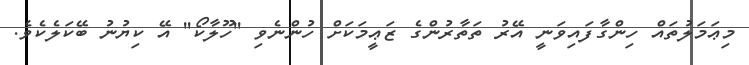
މިޢަމަލުތައް ހިންގާފައިވަނީ އޭރު ތަތާރުންގެ ޒަޢީމަކަށް ހުންނެވި ''ހޫލާކޯ'' އޭ ކިޔުނު ބޭކަލެކެވެ.